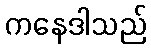
ကနေဒါသည်